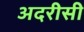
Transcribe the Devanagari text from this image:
अदरीसी